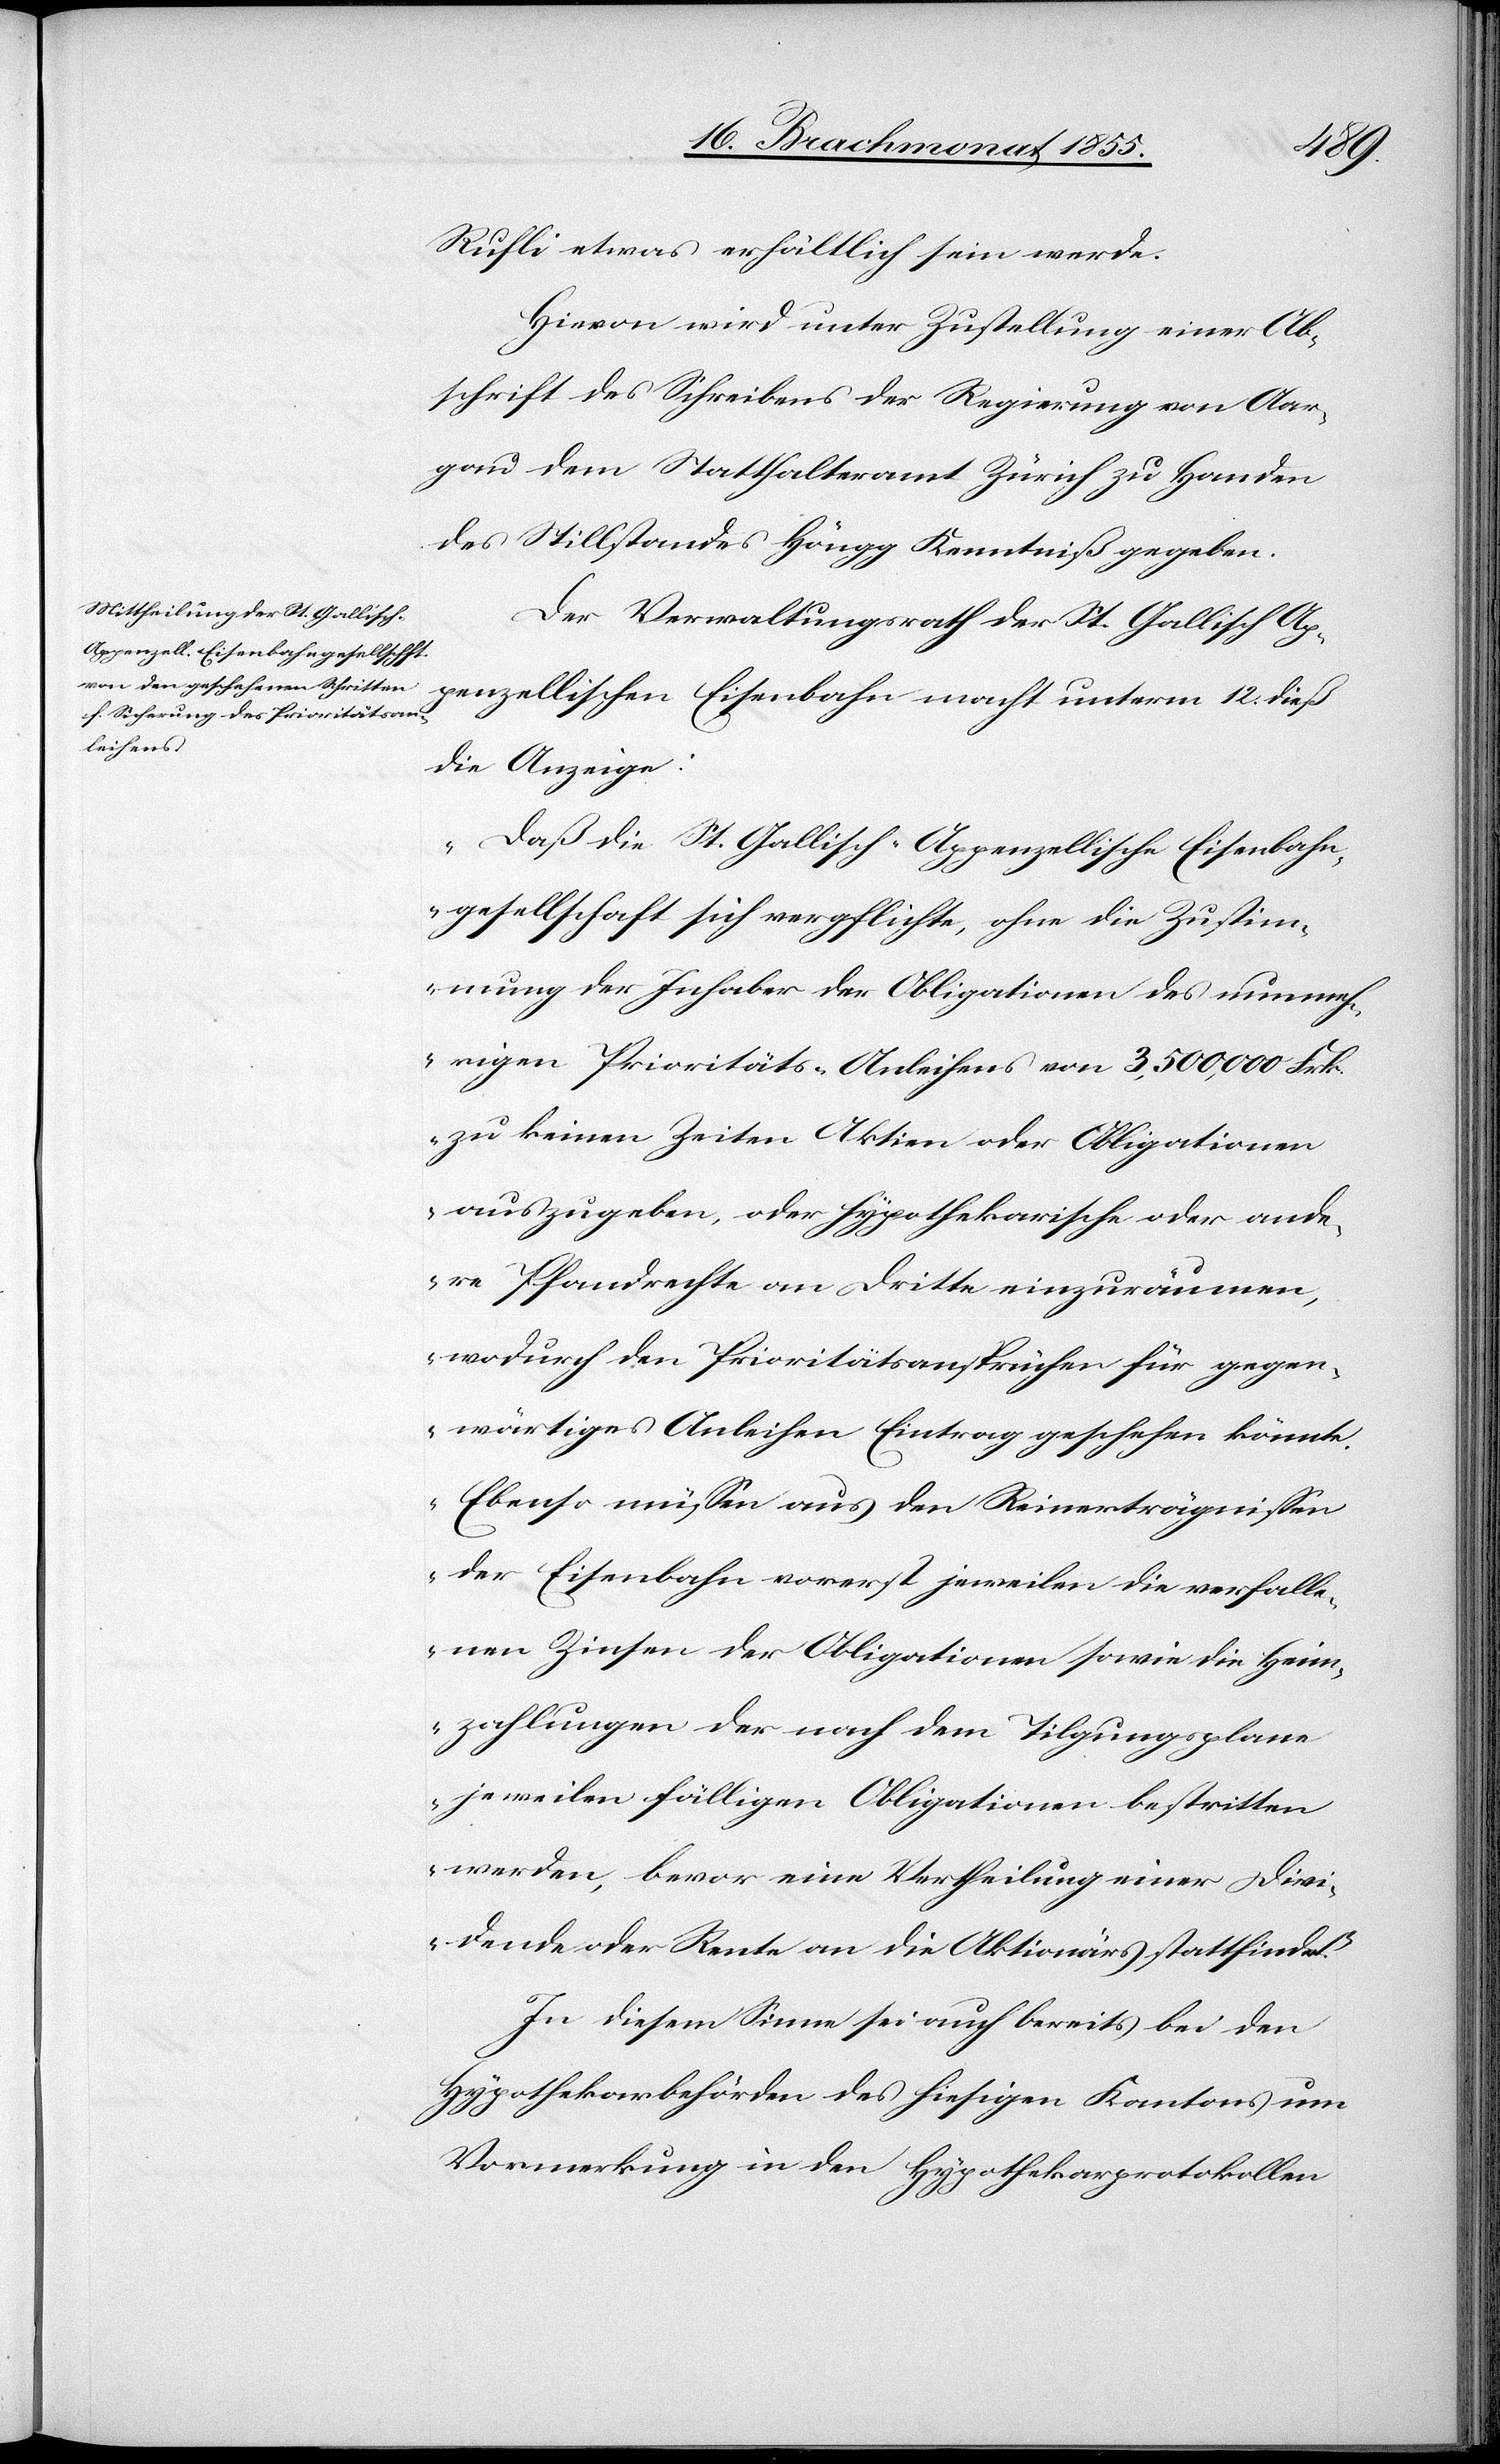
Rufli etwas erhältlich sein werde.
Hievon wird unter Zustellung einer Ab¬
schrift des Schreibens der Regierung von Aar¬
gau dem Statthalteramt Zürich zu Handen
des Stillstandes Höngg Kenntniß gegeben.
Der Verwaltungsrath der St. Gallisch Ap¬
penzellischen Eisenbahn macht unterm 12. dieß
die Anzeige:
„Daß die St. Gallisch-Appenzellische Eisenbahn¬
gesellschaft sich verpflichte, ohne die Zustim¬
mung der Inhaber der Obligationen des nunmeh¬
rigen Prioritäts-Anleihens von 3,500,000 Frk.
zu keinen Zeiten Aktien oder Obligationen
auszugeben, oder hypothekarische oder ande¬
re Pfandrechte an Dritte einzuräumen,
wodurch den Prioritätsansprüchen für gegen¬
wärtiges Anleihen Eintrag geschehen könnte.
Ebenso müssen aus den Reinerträgnissen
der Eisenbahn vorerst jeweilen die verfalle¬
nen Zinsen der Obligationen sowie die Heim¬
zahlungen der nach dem Tilgungsplane
jeweilen fälligen Obligationen bestritten
werden, bevor eine Vertheilung einer Divi¬
dende oder Rente an die Aktionärs stattfindet.“
In diesem Sinne sei auch bereits bei den
Hypothekarbehörden des hiesigen Kantons um
Vormerkung in den Hypothekarprotokollen